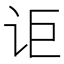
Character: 讵